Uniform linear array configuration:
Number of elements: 48
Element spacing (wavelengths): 1
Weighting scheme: hann
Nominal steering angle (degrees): -60
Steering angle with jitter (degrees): -61.356
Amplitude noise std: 0.05
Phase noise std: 0.05

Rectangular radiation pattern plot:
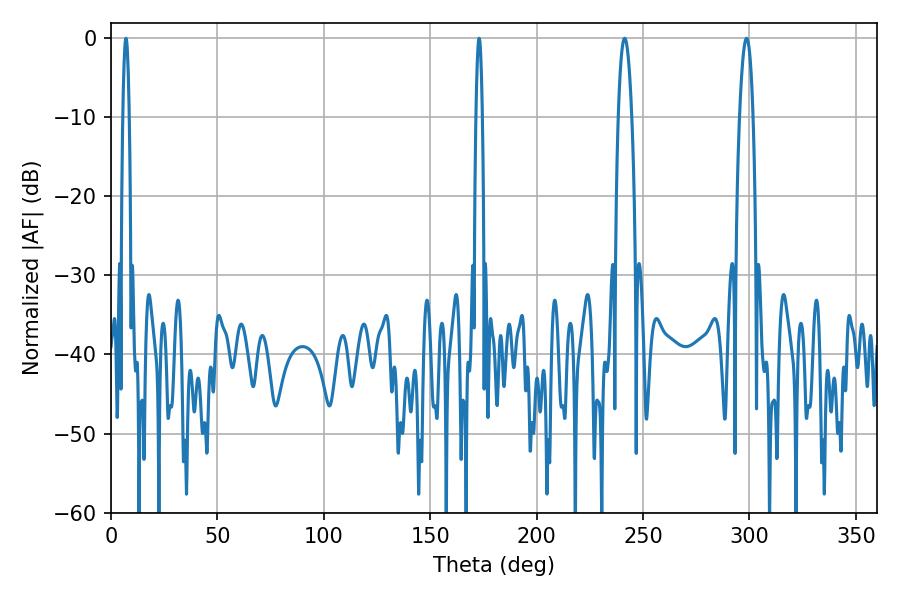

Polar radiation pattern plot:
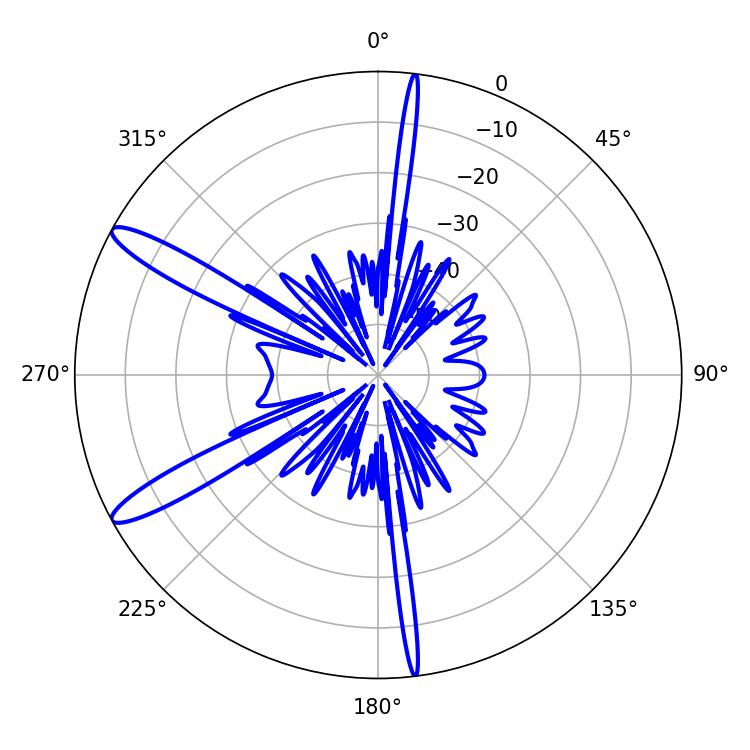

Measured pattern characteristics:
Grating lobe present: TRUE
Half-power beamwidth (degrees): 1.44
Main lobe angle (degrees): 172.98